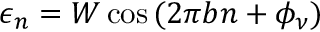
\epsilon _ { n } = W \cos { ( 2 \pi b n + \phi _ { \nu } ) }